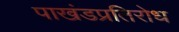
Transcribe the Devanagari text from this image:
पाखंडप्रतिरोध